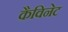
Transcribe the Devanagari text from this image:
कैविनेट